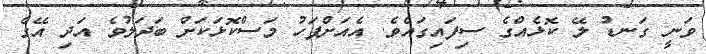
ވަނީ ގަނޑު ލޭ ކޮޅެއްގެ ސިފައިގައެވެ. އެއަށްފަހު މަސްކޮޅަކަށް ބަދަލުވެ އަދި އޭގެ